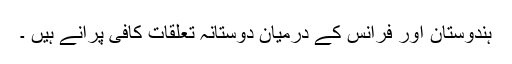
ہندوستان اور فرانس کے درمیان دوستانہ تعلقات کافی پرانے ہیں ۔